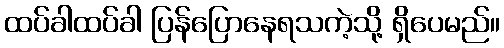
ထပ်ခါထပ်ခါ ပြန်ပြောနေရသကဲ့သို့ ရှိပေမည်။